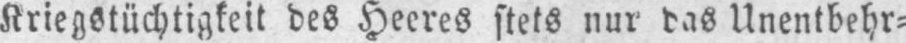
Kriegstüchtigkeit des Heeres stets nur das Unentbehr⸗